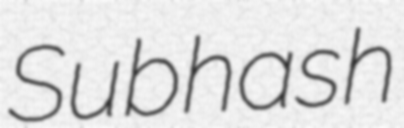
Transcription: Subhash